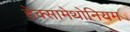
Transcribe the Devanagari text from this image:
हेक्सामेथोनियम